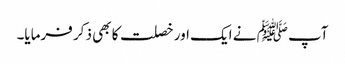
آپ ﷺ نے ایک اور خصلت کا بھی ذکر فرمایا۔